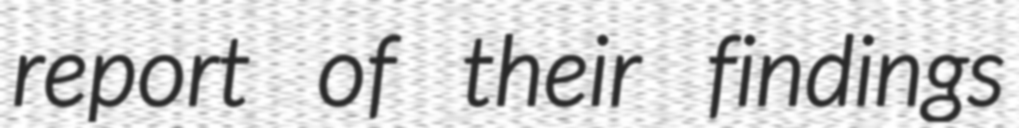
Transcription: report of their findings